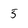
Character: 5